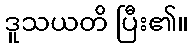
ဒူသယတိ ပြီး၏။